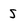
Character: S